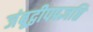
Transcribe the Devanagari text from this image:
जंबूद्वीपप्रज्ञप्ति